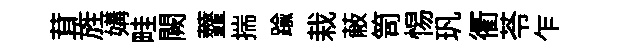
茸旌媾畦闕虀揣踰栽蔽笥惕㺬衢苓乍